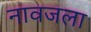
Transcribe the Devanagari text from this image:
नावजला